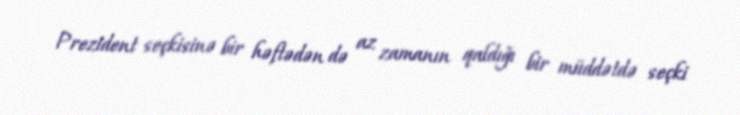
Prezident seçkisinə bir həftədən də az zamanın qaldığı bir müddətdə seçki